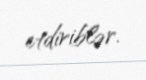
etdiriblər.